65_HS1-834228961_62-HQ-83894_Section_4
Agency: FBI
Page 194
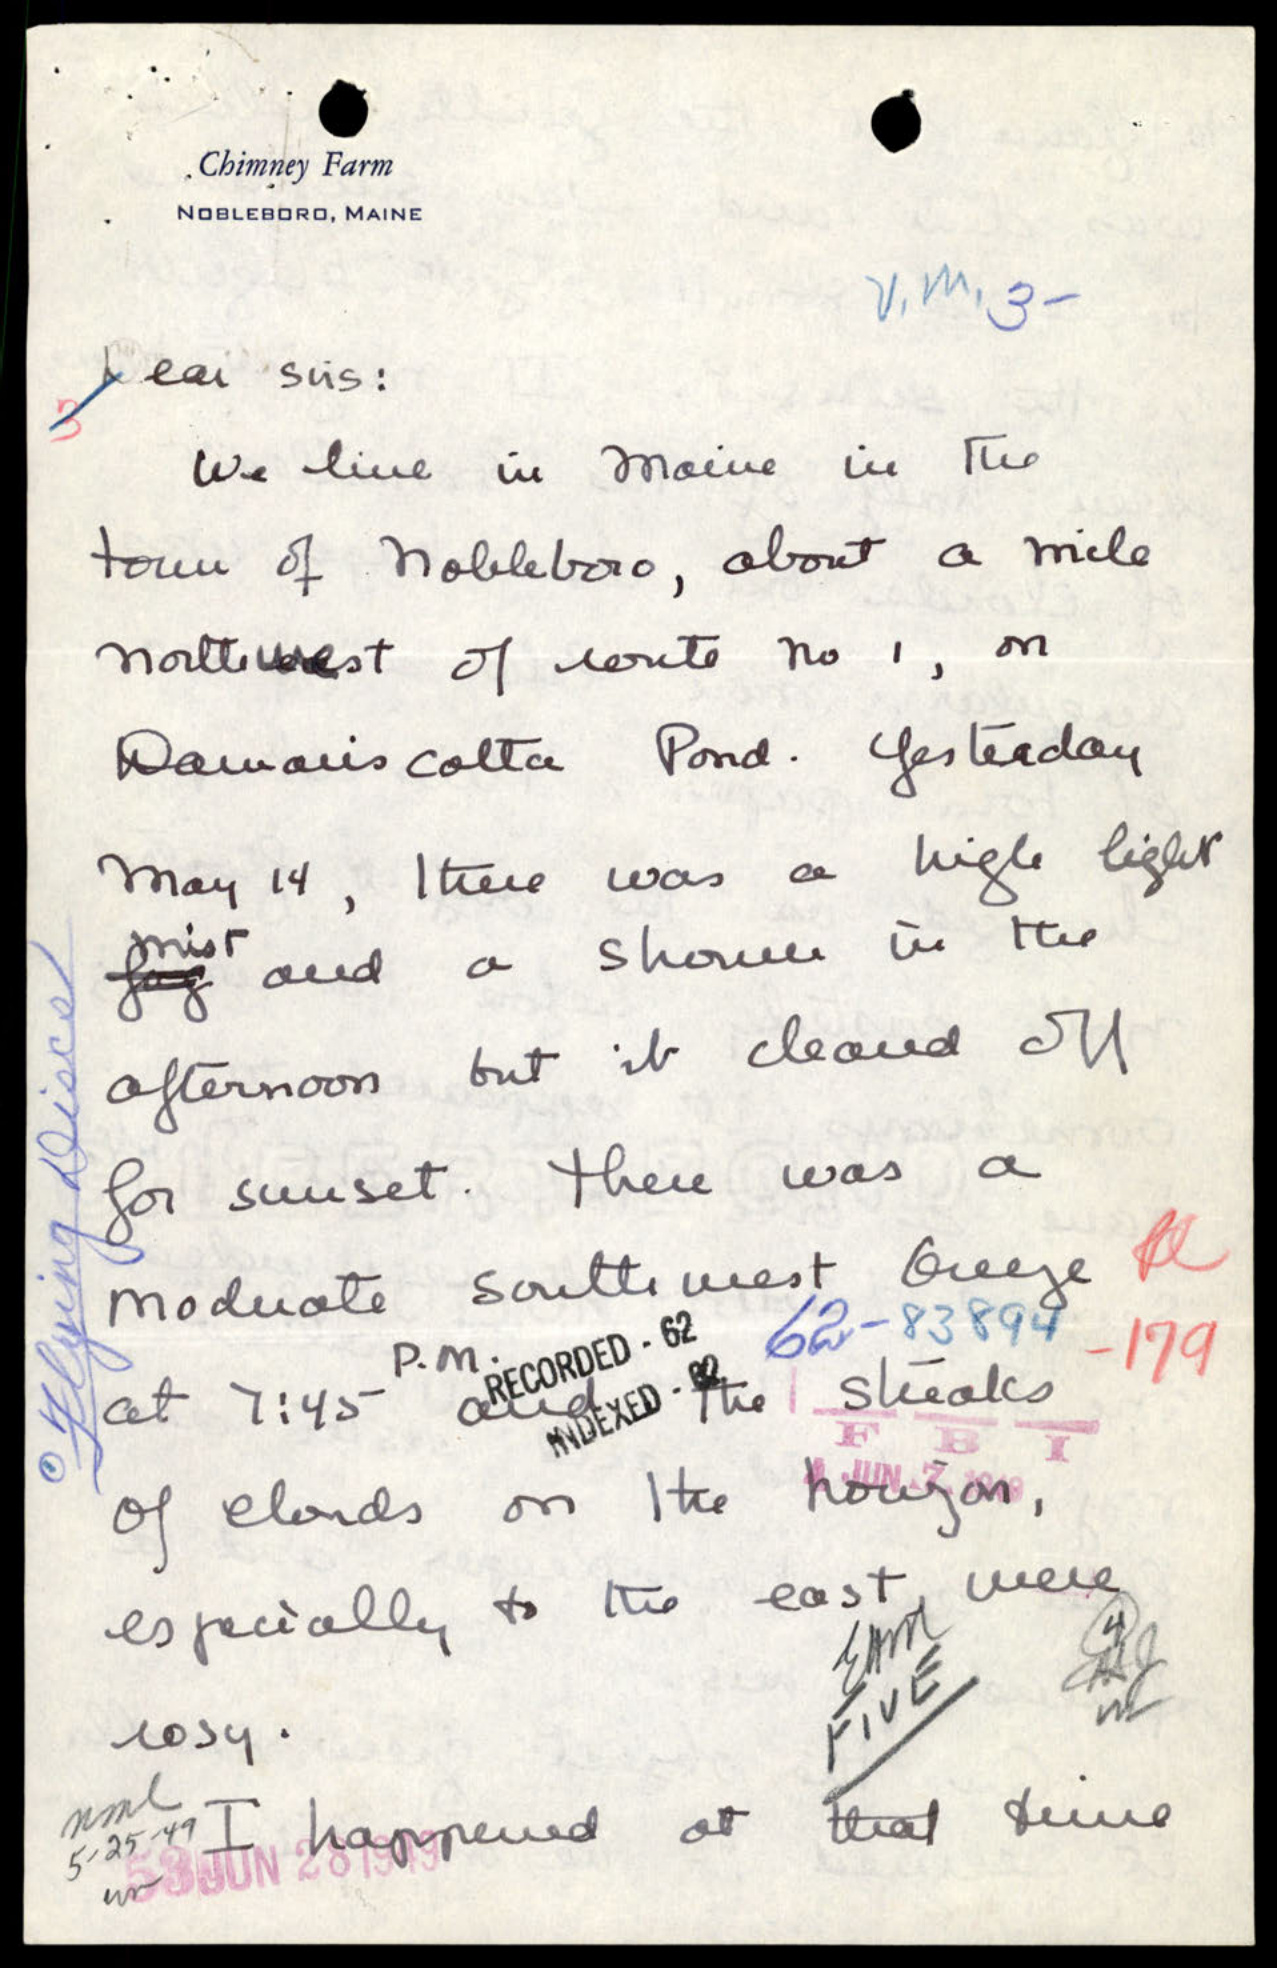